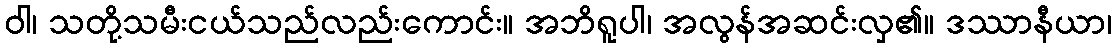
ဝါ၊ သတို့သမီးငယ်သည်လည်းကောင်း။ အဘိရူပါ၊ အလွန်အဆင်းလှ၏။ ဒဿာနီယာ၊